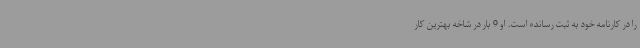
را در کارنامه خود به ثبت رسانده‌ است. او 9 بار در شاخه بهترین کار